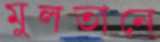
মুলতানে